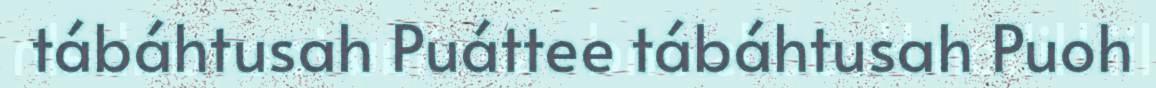
tábáhtusah Puáttee tábáhtusah Puoh